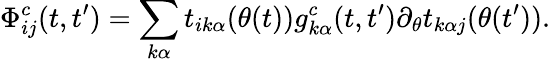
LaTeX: \Phi_{ij}^{c}(t,t^{\prime})=\sum_{k\alpha}t_{ik\alpha}(\theta(t))g_{k\alpha}^{c}(t,t^{\prime})\partial_{\theta}t_{k\alpha j}(\theta(t^{\prime})).